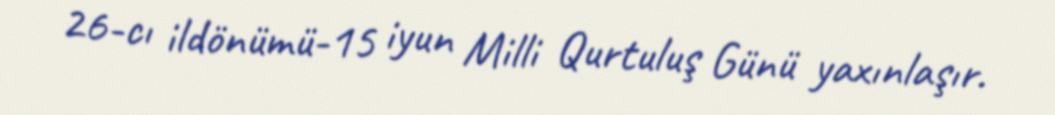
26-cı ildönümü-15 iyun Milli Qurtuluş Günü yaxınlaşır.